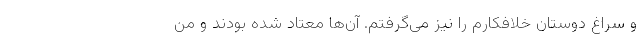
و سراغ دوستان خلافکارم را نیز می‌گرفتم. آن‌ها معتاد شده بودند و من